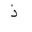
Letter: _thal